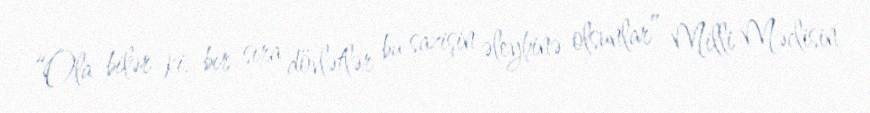
“Ola bilər ki, bir sıra dövlətlər bu sazişin əleyhinə olsunlar” Milli Məclisin